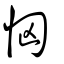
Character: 恟